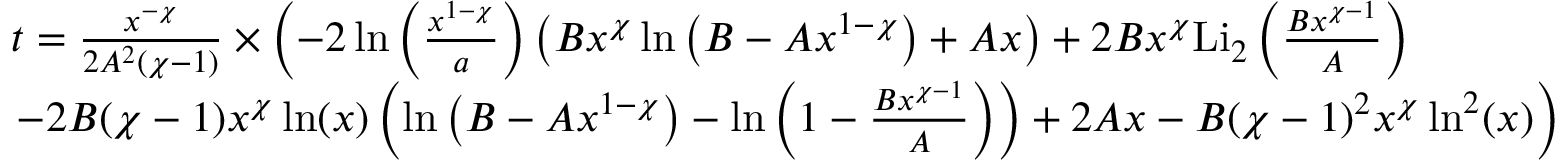
\begin{array} { r l } & { t = \frac { x ^ { - \chi } } { 2 A ^ { 2 } ( \chi - 1 ) } \times \left( - 2 \ln \left( \frac { x ^ { 1 - \chi } } { a } \right) \left( B x ^ { \chi } \ln \left( B - A x ^ { 1 - \chi } \right) + A x \right) + 2 B x ^ { \chi } \mathrm { L i } _ { 2 } \left( \frac { B x ^ { \chi - 1 } } { A } \right) \right. } \\ & { \left. - 2 B ( \chi - 1 ) x ^ { \chi } \ln ( x ) \left( \ln \left( B - A x ^ { 1 - \chi } \right) - \ln \left( 1 - \frac { B x ^ { \chi - 1 } } { A } \right) \right) + 2 A x - B ( \chi - 1 ) ^ { 2 } x ^ { \chi } \ln ^ { 2 } ( x ) \right) } \end{array}